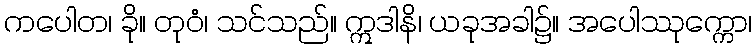
ကပေါတ၊ ခို။ တုဝံ၊ သင်သည်။ ဣဒါနိ၊ ယခုအခါ၌။ အပေါဿုက္ကော၊